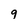
Character: 9